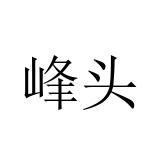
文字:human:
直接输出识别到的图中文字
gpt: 峰头